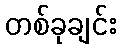
တစ်ခုချင်း